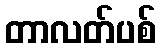
တာလတ်ပစ်